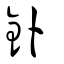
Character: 釙